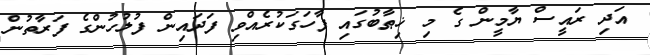
އަދި ރައީސް ޔާމީން ގެ މި ޚިޠާބުގައި ފާހަގަކުރެއްވި ފަދައިން ފުލުހުންގެ ފަރާތުން